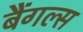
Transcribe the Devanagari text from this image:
बैंगल्स